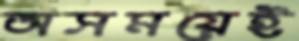
অসময়েই